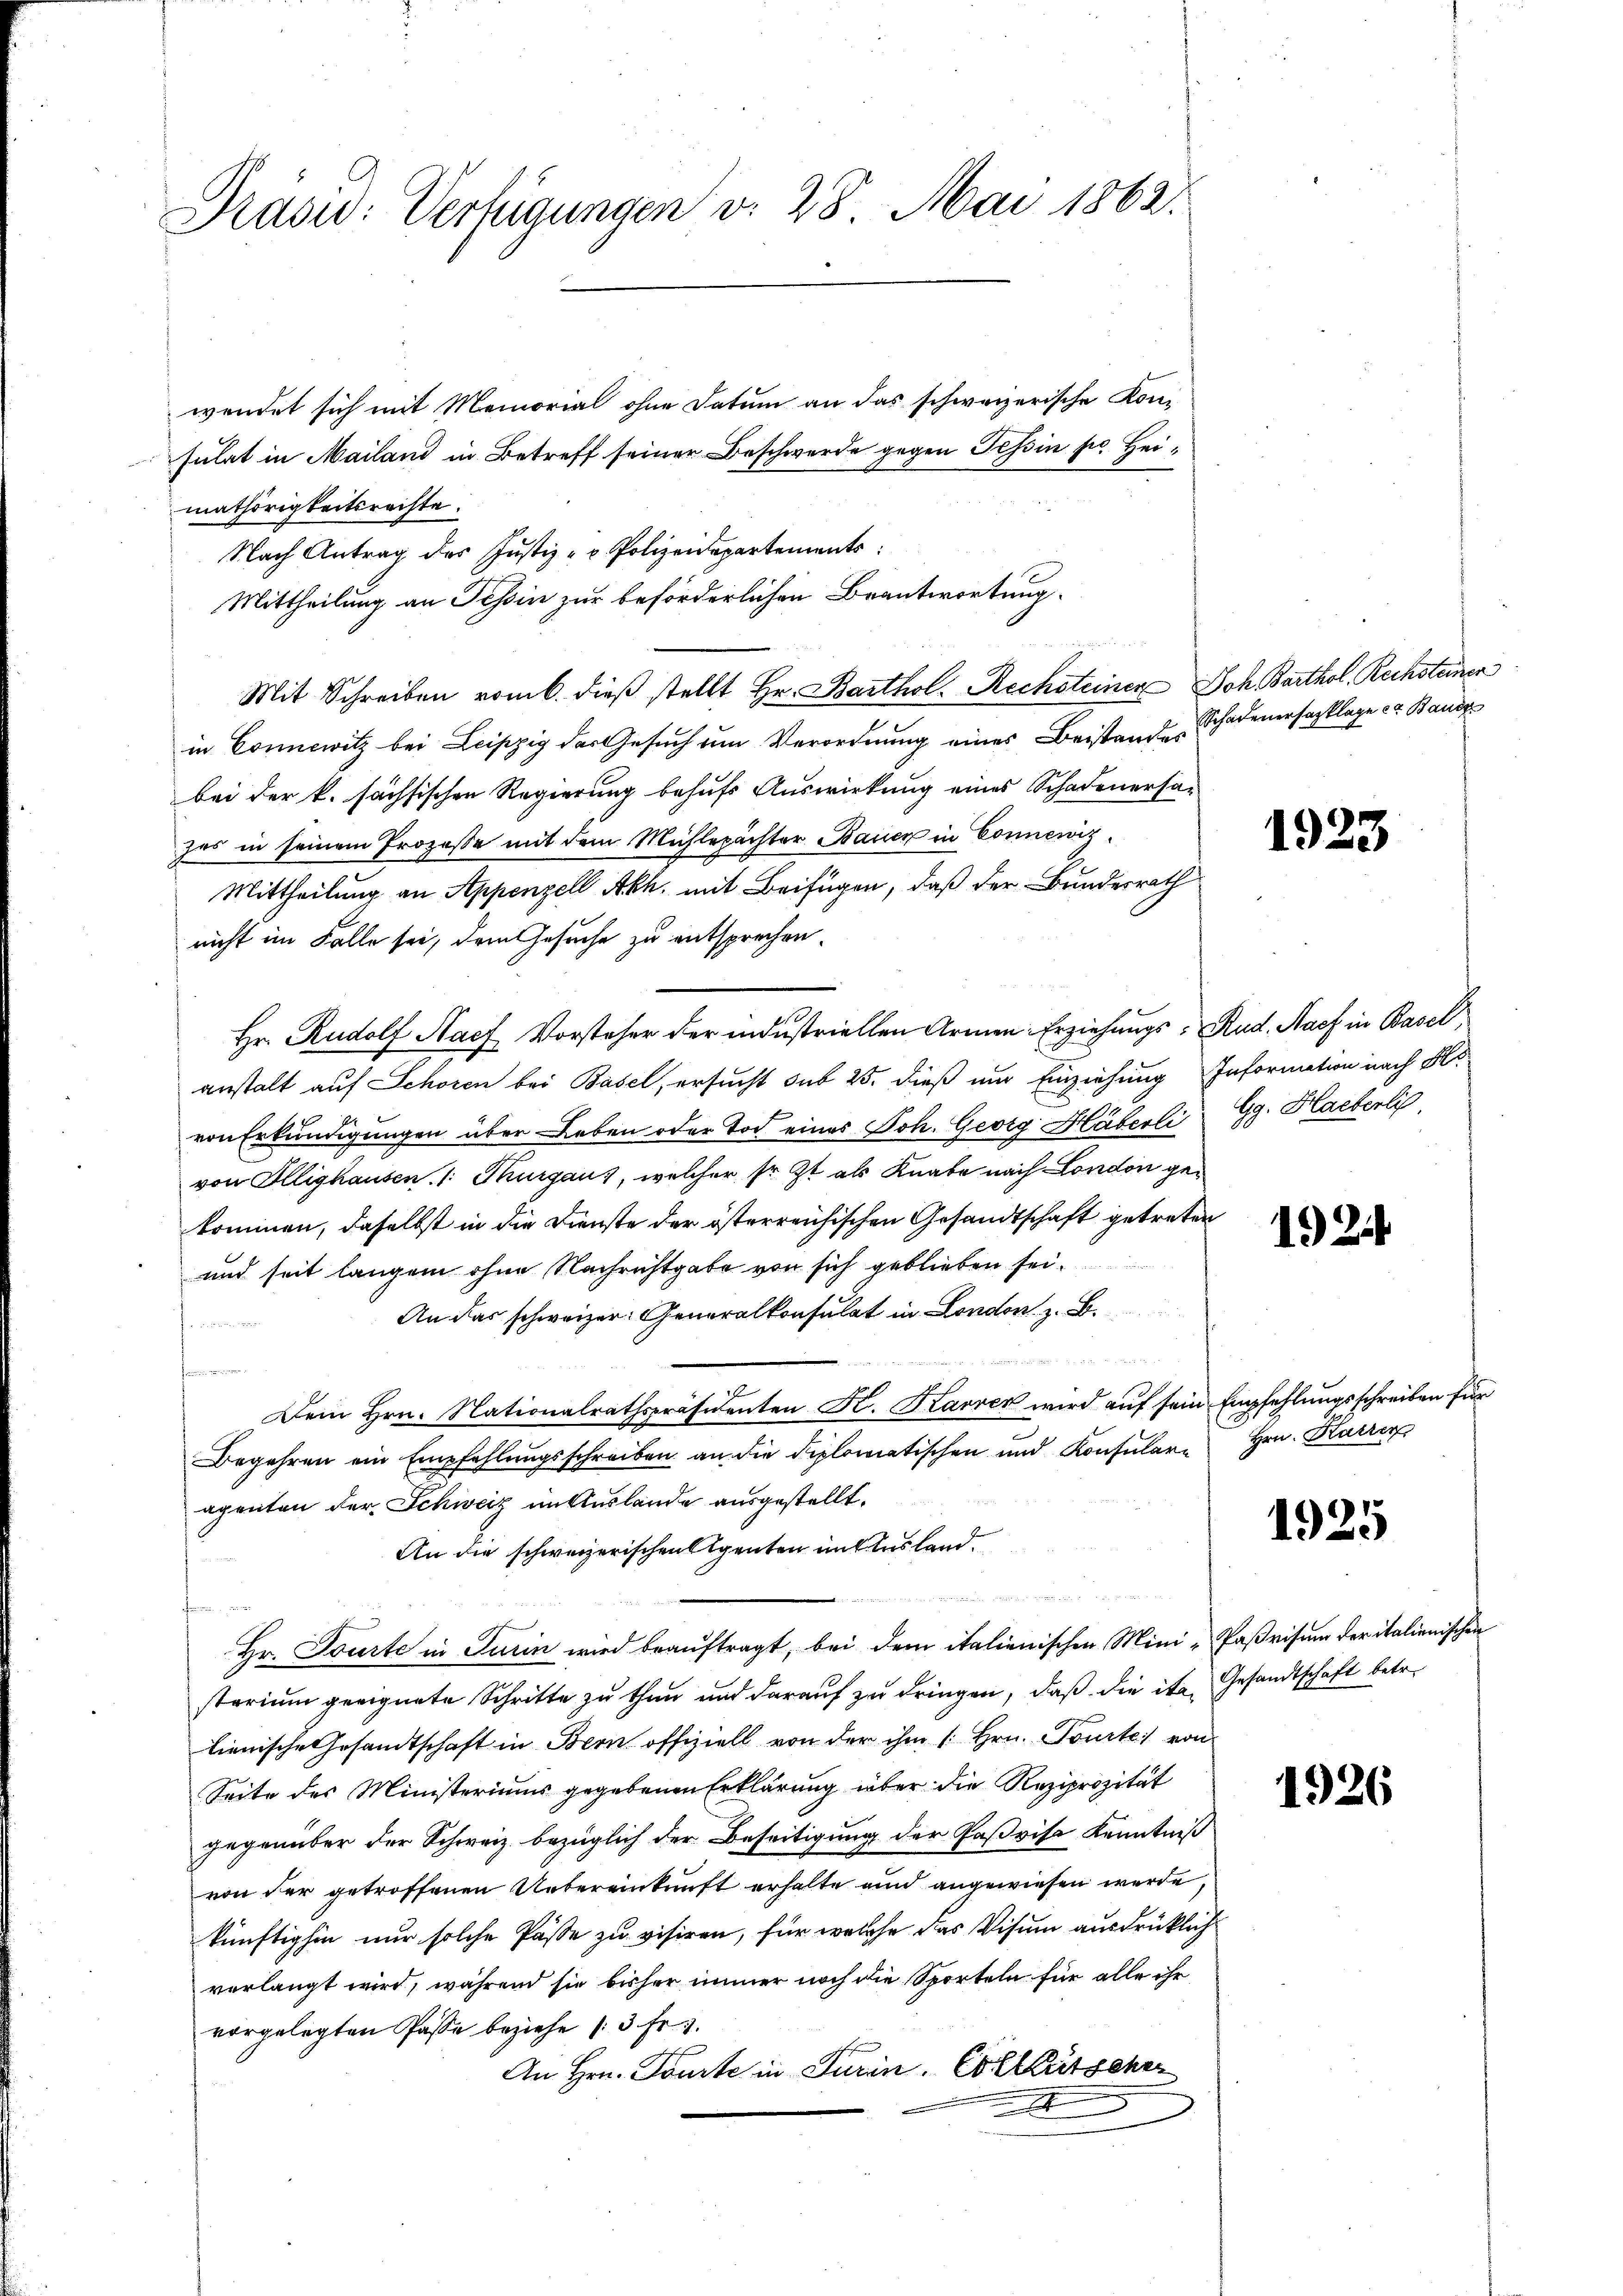
Praswd: Verfügungen v. 28. Mai 1862.

wendet sich mit Memorial ohne Datum an das schweizerische Kon-
sulat in Mailand in Betreff seiner Beschwerde gegen Tessin pr. Heimathörigkeitsrechte.
Nach Antrag des Justiz- & Polizeidepartements:
Mittheilung an Tessin zur beförderlichen Beantwortung.
Mit Schreiben vom 6. dieß stellt Hr. Barthol. Rechsteiner Joh Barthol. Rechsteinen
in Connewitz bei Leipzig der Gesuch um Verordnung eines Beistanze Schadenersasklage er Baude
bei der k. sächsischen Regierung behufs Auswirkung eines Schadenersazes in seinem Prozesse mit dem Mühlepächter Bauer in Conneniz
Mittheilung an Appenzell Akh. mit Beifügen, daß der Bundesrath
nicht im Falle sei, dem Gesuche zu entsprechen.
Hr. Rudolf Nach Vorsteher der industriellen Armen Erziehungs- Rud. Nach in Basel,
anstalt auf Schoren bei Basel, ersucht sub 25. dieß um Einziehung Information nach als
von Erkundigungen über Leben oder Tod eines Joh. Georg Häberli Gg. Haeberli
von Illighausen /: Thurgaus, welcher sr. Zt als Knabe nach London gekommen, daselbst in die Dienste der österreichischen Gesandtschaft getreten
und seit langen ohne Nachrichtgabe von sich geblieben sei.
An das schweizer Generalkonsulat in London z. B.

grammen immenen
Dem Hrn. Nationalrathspräsidenten K. Karrer wird auf sein Empfehlungsschreiben für
Begehren ein Empfehlungsschreiben an die diplomatischen und Konsularapenten der Schweiz im Auslande ausgestellt.
An die schweizerischen Agenten mit des landr
ten
Hr. Tourte in Turin wird beauftragt, bei dem italienischen Mini-Paßrisum der italienischen
starium geeignete Schritte zu thun und darauf zu dringen, daß die ita Gesandtschaft betr.
lienische Gesandtschaft in Bern offiziell von der ihm /: Hrn. Tourte von
Seite des Ministeriums gegebenen Erklärung über die Reziprozität
gegenüber der Schweiz bezüglich der Beseitigung der Paßvise Kenntniß
von der getroffenen Uebereinkunft erhalte und angewiesen werde,
künftighin nur solche Pässe zu visiren, für welche das Visum ausdrücklich
verlangt wird, während sie bisher immer noch die Sporteln für alle ihr
vorgelegten Pässe beziehe (3 Fr. 3.
An Hrn. Tourte in Turin. Es litscher
A

.

1923

1924

Hrn. Katzer

1925

1926